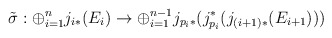
\begin{align*}\tilde{\sigma} : \oplus_{i=1}^n j_{i *}(E_{i}) \rightarrow \oplus_{i=1}^{n-1}j_{p_i*}(j^*_{p_i} (j_{(i+1) *}(E_{i+1})))\end{align*}